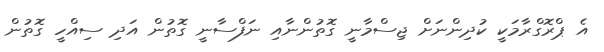
އެ ޕްރޮގްރާމަކީ ކުދިންނަށް ޖިސްމާނީ ގޮތުންނާއި ނަފްސާނީ ގޮތުން އަދި ސިއްހީ ގޮތުން